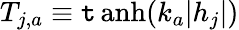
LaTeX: T_{j,a}\equiv\operatorname{\mathtt{t}anh}(k_{a}|h_{j}|)